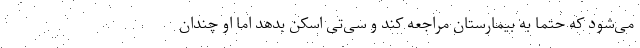
می‌شود که حتما به بیمارستان مراجعه کند و سی‌تی اسکن بدهد اما او چندان